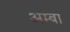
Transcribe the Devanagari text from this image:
अम्‍बा